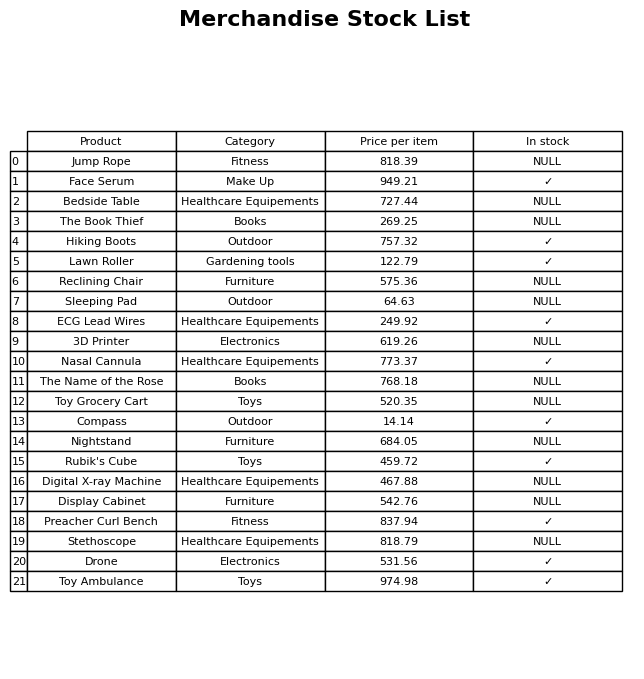
question: What is the price for Sleeping Pad?
answer: The price of Sleeping Pad is 64.63.